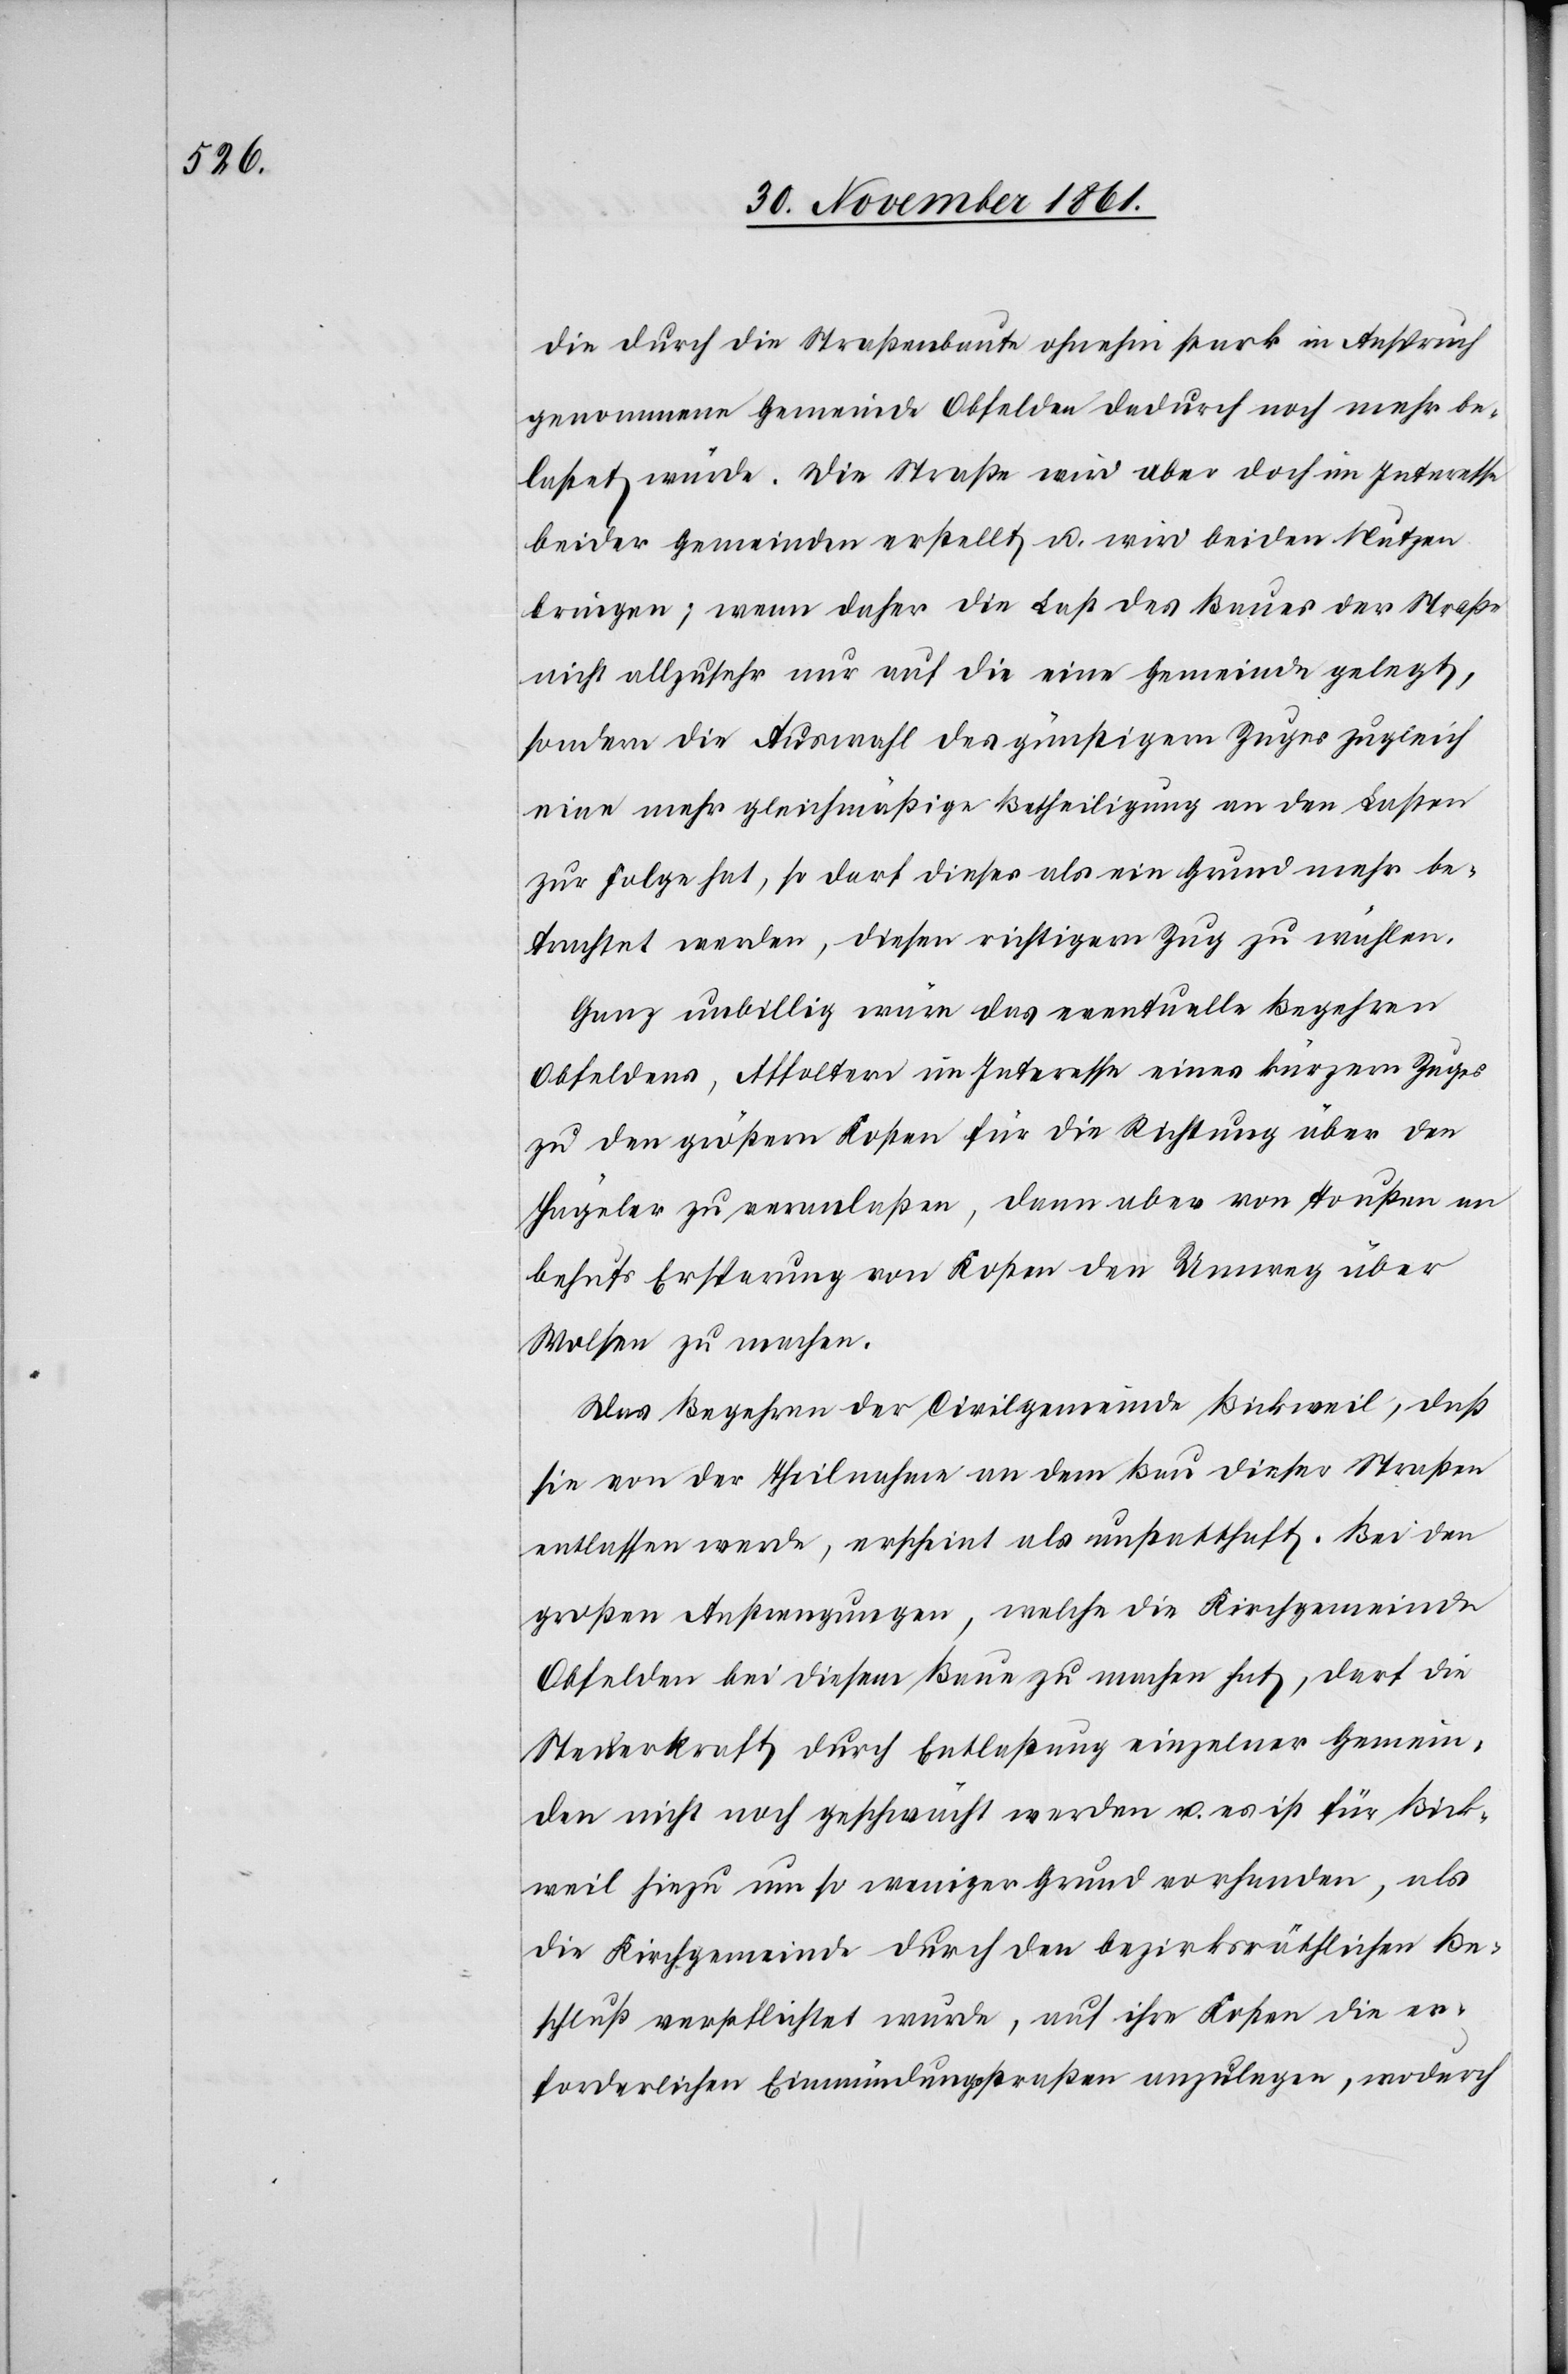
die durch die Straßenbaute ohnehin stark in Anspruch
genommene Gemeinde Obfelden dadurch noch mehr be¬
lastet würde. Die Straße wird aber doch im Interesse
beider Gemeinden erstellt u. wird beiden Nutzen
bringen; wenn daher die Last des Baues der Straße
nicht allzusehr nur auf die eine Gemeinde gelegt,
sondern die Auswahl des günstigern Zuges zugleich
eine mehr gleichmäßig Betheiligung [sic!] an den Lasten
zur Folge hat, so darf dieses als ein Grund mehr be¬
trachtet werden, diesen richtigern Zug zu wählen.
Ganz unbillig wäre das eventuelle Begehren
Obfeldens, Affoltern im Interesse eines kürzern Zuges
zu den größern Kosten für die Richtung über den
Hägeler zu veranlaßen, dann aber von Toußen an
behufs Ersparung von Kosten den Umweg über
Wolsen zu machen.
Das Begehren der Civilgemeinde Bickweil, daß
sie von der Theilnahme an dem Bau dieser Straßen
entlassen werde, erscheint als unstatthaft. Bei den
großen Anstrengungen, welche die Kirchgemeinde
Obfelden bei diesem Baue zu machen hat, darf die
Steuerkraft durch Entlastung einzelner Gemein¬
den nicht noch geschwächt werden u. es ist für Bick¬
weil hiezu um so weniger Grund vorhanden, als
die Kirchgemeinde durch den bezirksräthlichen Be¬
schluß verpflichtet wurde, auf ihre Kosten die er¬
forderlichen Einmündungsstraßen anzulegen, wodurch